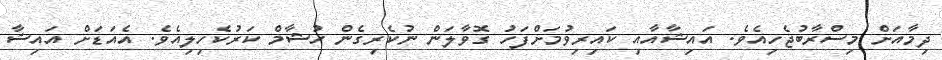
ދިމާއަށް މިސްރާބުޖެހިއެވެ. އައިޝާއާއި ކައިރިވުމަށްފަހު ގޮވާލަން ނުކެރިގެން ހުޝާމް ކަރުކެހިލިއެެވެ. އެއަޑަށް އައިޝާ